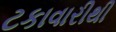
ટકાવારીથી